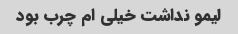
لیمو نداشت خیلی ام چرب بود